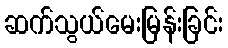
ဆက်သွယ်မေးမြန်းခြင်း